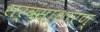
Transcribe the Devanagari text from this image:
सर्वसाधारण्